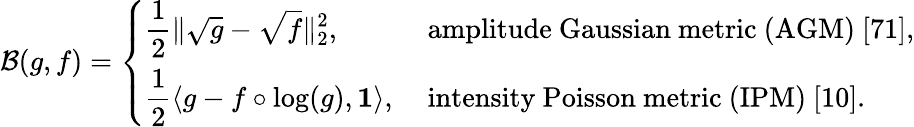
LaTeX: \begin{array}{r}{\mathcal{B}(g,f)=\displaystyle\left\{ \begin{array}{ll}{\displaystyle\frac{1}{2}\| \sqrt{g}-\sqrt{f}\| _{2}^{2},}&{\mathrm{~amplitude~Gaussian~metric~(AGM)~[71]},}\\ {\displaystyle\frac{1}{2}\langle g-f\circ\log(g),\mathbf{1}\rangle,}&{\mathrm{~intensity~Poisson~metric~(IPM)~[10]}.}\end{array}\right.}\end{array}